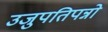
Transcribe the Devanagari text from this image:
उजुपतिपन्नो